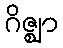
ဂိဇ္ဈာ